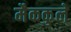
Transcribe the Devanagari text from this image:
मैककुले